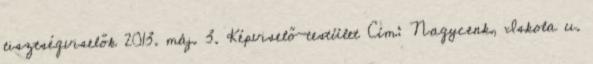
tisztségviselők 2013. máj. 3. Képviselő-testület Cím: Nagycenk, Iskola u.